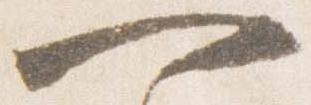
一